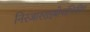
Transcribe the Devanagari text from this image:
निरजारराइबोनाभिकीय